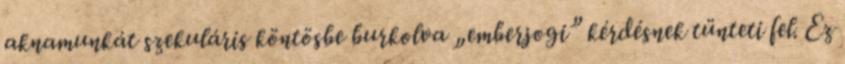
aknamunkát szekuláris köntösbe burkolva „emberjogi” kérdésnek tünteti fel. Ez